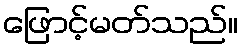
ဖြောင့်မတ်သည်။